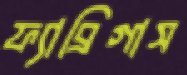
ফ্যাব্রিগাস